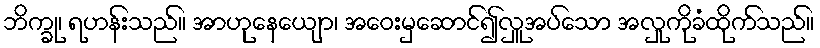
ဘိက္ခု၊ ရဟန်းသည်။ အာဟုနေယျော၊ အဝေးမှဆောင်၍လှူအပ်သော အလှုကိုခံထိုက်သည်။